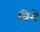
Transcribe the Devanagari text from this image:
विमे